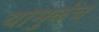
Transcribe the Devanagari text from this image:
यामुळंच